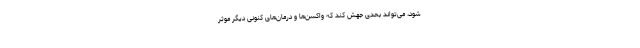
شود، می‌تواند بحدی جهش کند که واکسن‌ها و درمان‌های کنونی دیگر موثر